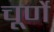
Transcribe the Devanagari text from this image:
चूर्णे